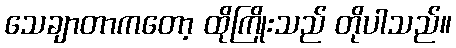
သေချာတာကတော့ ထိုကြိုးသည် တိုပါသည်။